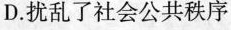
D.扰乱了社会公共秩序